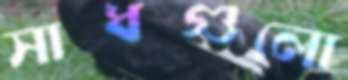
সাধগুলো